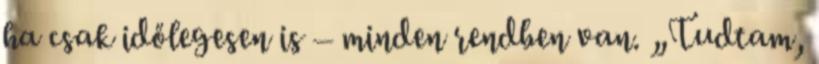
ha csak időlegesen is – minden rendben van. „Tudtam,